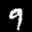
Label: 9